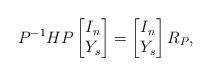
LaTeX: \begin{align*}P^{-1}HP \begin{bmatrix}I_n\\Y_s\end{bmatrix}=\begin{bmatrix}I_n\\Y_s\end{bmatrix}R_P, \end{align*}